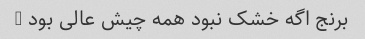
برنج اگه خشک نبود همه چیش عالی بود …